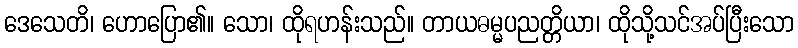
ဒေသေတိ၊ ဟောပြော၏။ သော၊ ထိုရဟန်းသည်။ တာယဓမ္မပညတ္တိယာ၊ ထိုသို့သင်အပ်ပြီးသော